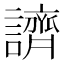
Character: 䜞